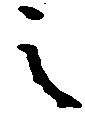
之